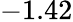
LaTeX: -1.42